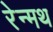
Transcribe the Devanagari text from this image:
रेन्मथ